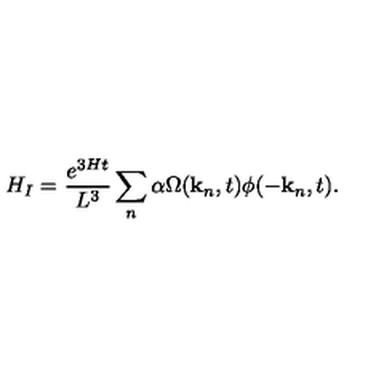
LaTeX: H _ { I } = \frac { e ^ { 3 H t } } { L ^ { 3 } } \sum _ { n } \alpha \Omega ( { \bf k } _ { n } , t ) \phi ( - { \bf k } _ { n } , t ) .